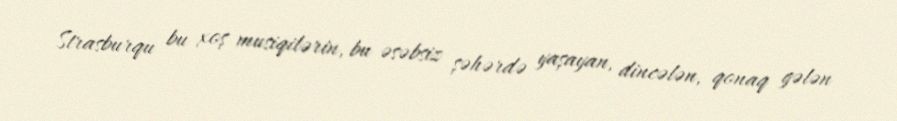
Strasburqu bu xoş musiqilərin, bu əsəbsiz şəhərdə yaşayan, dincələn, qonaq gələn